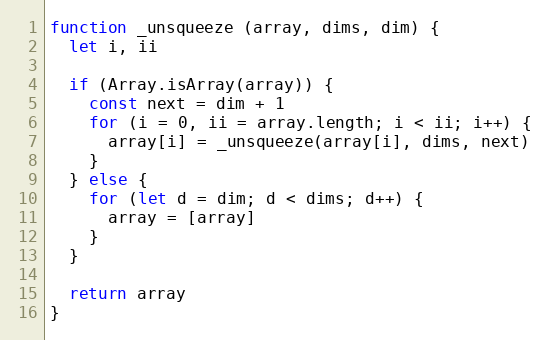
Language: JavaScript
function _unsqueeze (array, dims, dim) {
  let i, ii

  if (Array.isArray(array)) {
    const next = dim + 1
    for (i = 0, ii = array.length; i < ii; i++) {
      array[i] = _unsqueeze(array[i], dims, next)
    }
  } else {
    for (let d = dim; d < dims; d++) {
      array = [array]
    }
  }

  return array
}